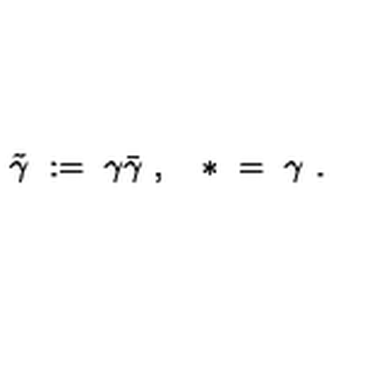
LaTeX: \tilde { \gamma } \ : = \ \gamma \bar { \gamma } \ , \quad * \ = \ \gamma \ .